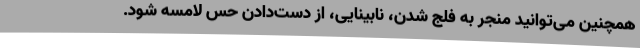
همچنین می‌توانید منجر به فلج شدن، نابینایی، از دست‌دادن حس لامسه شود.